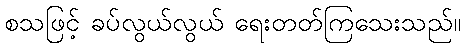
စသဖြင့် ခပ်လွယ်လွယ် ရေးတတ်ကြသေးသည်။